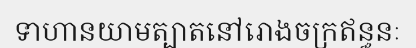
ទាហានយាមត្បាតនៅរោងចក្រឥន្ធនៈ